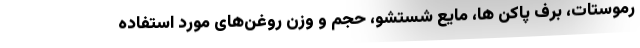
رموستات، برف پاکن ها، مایع شستشو، حجم و وزن روغن‌های مورد استفاده